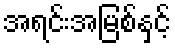
အရင်းအမြစ်နှင့်